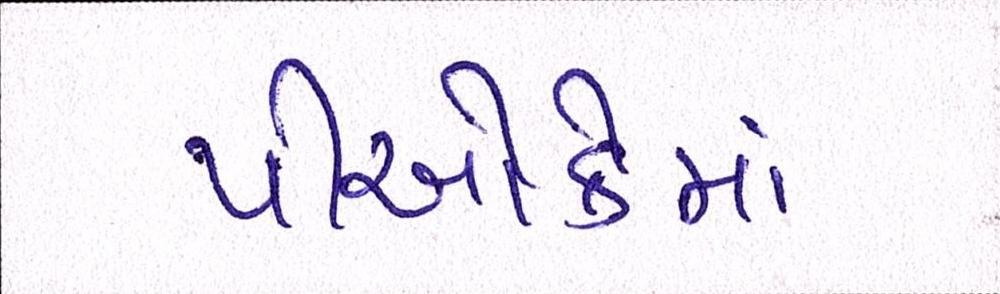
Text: પીઓકેમાં